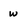
Character: w